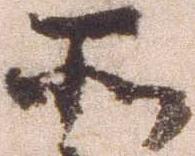
所